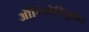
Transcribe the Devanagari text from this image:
औडिओविसुयल